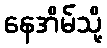
နေအိမ်သို့